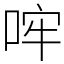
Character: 哰